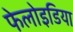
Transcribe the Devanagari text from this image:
फेलोइडिया